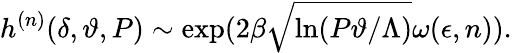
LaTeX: h^{(n)}(\delta,\vartheta,P)\sim{\mathrm{exp}}(2\beta\sqrt{\ln(P\vartheta/\Lambda)}\omega(\epsilon,n)).